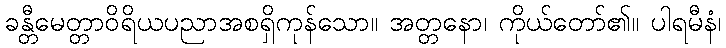
ခန္တီမေတ္တာဝိရိယပညာအစရှိကုန်သော။ အတ္တနော၊ ကိုယ်တော်၏။ ပါရမီနံ၊